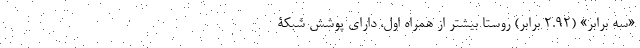
«سه برابر» (2.92 برابر) روستا بیشتر از همراه اول، دارای پوشش شبکۀ